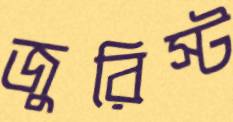
জুরিস্ট